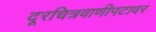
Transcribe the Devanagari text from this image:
दूरचित्रवाणीपटावर